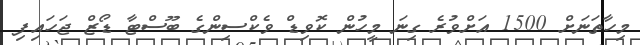
މިހާތަނަށް 1500 އަށްވުރެ ގިނަ މީހުން ކޮވިޑް ވެކްސިންގެ ބޫސްޓާ ޑޯޒް ޖަހައިފި